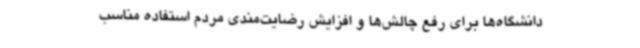
دانشگاه‌ها برای رفع چالش‌ها و افزایش رضایت‌مندی مردم استفاده مناسب